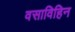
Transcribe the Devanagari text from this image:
वसाविहिन